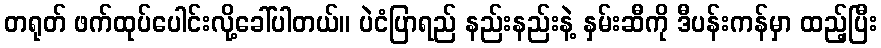
တရုတ် ဖက်ထုပ်ပေါင်းလို့ခေါ်ပါတယ်။ ပဲငံပြာရည် နည်းနည်းနဲ့ နှမ်းဆီကို ဒီပန်းကန်မှာ ထည့်ပြီး